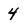
Character: 4